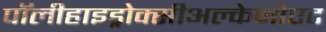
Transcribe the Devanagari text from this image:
पॉलीहाइड्रोक्सीअल्केनोएट